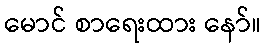
မောင် စာရေးထား နော်။